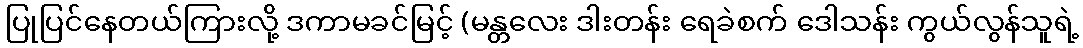
ပြုပြင်နေတယ်ကြားလို့ ဒကာမခင်မြင့် (မန္တလေး ဒါးတန်း ရေခဲစက် ဒေါသန်း ကွယ်လွန်သူရဲ့